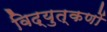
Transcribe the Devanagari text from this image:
विद्युत्‌कणों